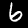
Digit: 6